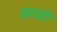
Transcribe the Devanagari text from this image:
झाझी